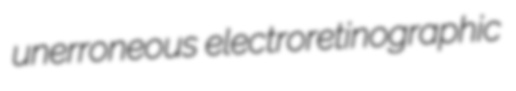
unerroneous electroretinographic